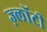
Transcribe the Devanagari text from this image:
ज़्लॉटी